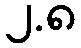
၂.၈